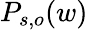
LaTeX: P_{s,o}(w)